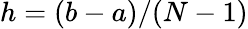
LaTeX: h=(b-a)/(N-1)